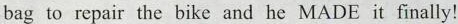
bag to repair the bike and he MADE it finally!